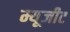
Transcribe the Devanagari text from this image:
म्यूजीट